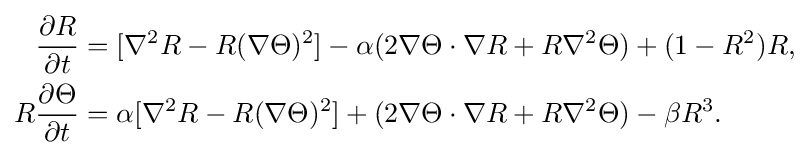
{\begin{aligned}{\frac {\partial R}{\partial t}}&=[\nabla ^{2}R-R(\nabla \Theta )^{2}]-\alpha (2\nabla \Theta \cdot \nabla R+R\nabla ^{2}\Theta )+(1-R^{2})R,\\R{\frac {\partial \Theta }{\partial t}}&=\alpha [\nabla ^{2}R-R(\nabla \Theta )^{2}]+(2\nabla \Theta \cdot \nabla R+R\nabla ^{2}\Theta )-\beta R^{3}.\end{aligned}}